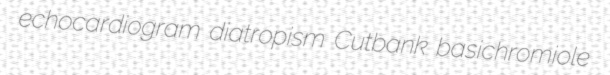
echocardiogram diatropism Cutbank basichromiole